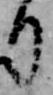
り